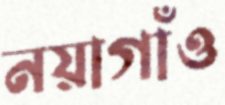
নয়াগাঁও